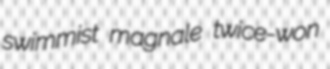
swimmist magnale twice-won